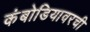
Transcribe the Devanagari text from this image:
कंबोडियावरची